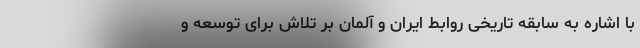
با اشاره به سابقه تاریخی روابط ایران و آلمان بر تلاش برای توسعه و